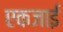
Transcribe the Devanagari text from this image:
एकजाई